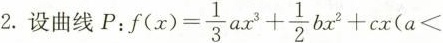
2.设曲线P: $$f(x)= \frac{1}{3}ax^{3}+ \frac{1}{2}bx^{2}+cx(a<$$